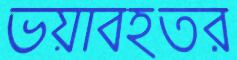
ভয়াবহতর